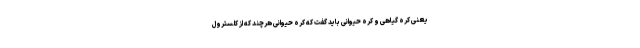
یعنی کره گیاهی و کره حیوانی باید گفت که کره حیوانی هرچند که از کلسترول